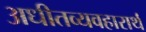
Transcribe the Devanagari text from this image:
अधीतव्यवहारार्थं